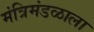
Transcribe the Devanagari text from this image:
मंत्रिमंडळाला